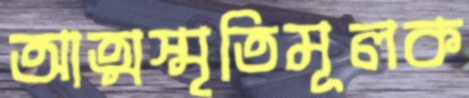
আত্মস্মৃতিমূলক